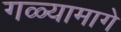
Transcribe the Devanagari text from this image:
गळ्यामागे